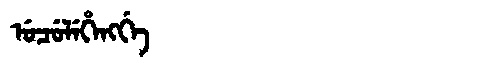
Manchu: ᡠᠴᡠᠯᡝᡥᡝᠩᡤᡝ
Romanization: UCULEHENGGE